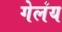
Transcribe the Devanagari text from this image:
गेलंय